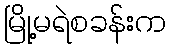
မြို့မရဲစခန်းက